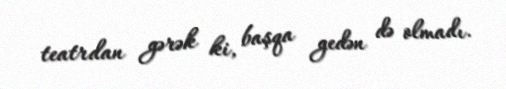
teatrdan gərək ki, başqa gedən də olmadı.